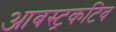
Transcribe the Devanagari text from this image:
आबस्ट्रकटिव